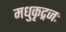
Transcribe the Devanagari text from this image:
मधुकृद्गजः